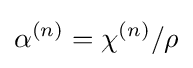
\alpha ^{(n)}=\chi ^{(n)}/\rho